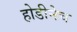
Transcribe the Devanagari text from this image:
होडीनेच